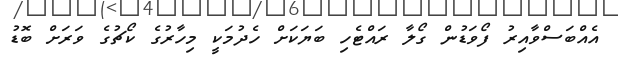
އެއްބަސްވާއިރު ފޯވަޑުން ގޯލާ ރައްޓެހި ބަޔަކަށް ހެދުމަކީ މިހާރުގެ ކޯޗުގެ ވަރަށް ބޮޑު